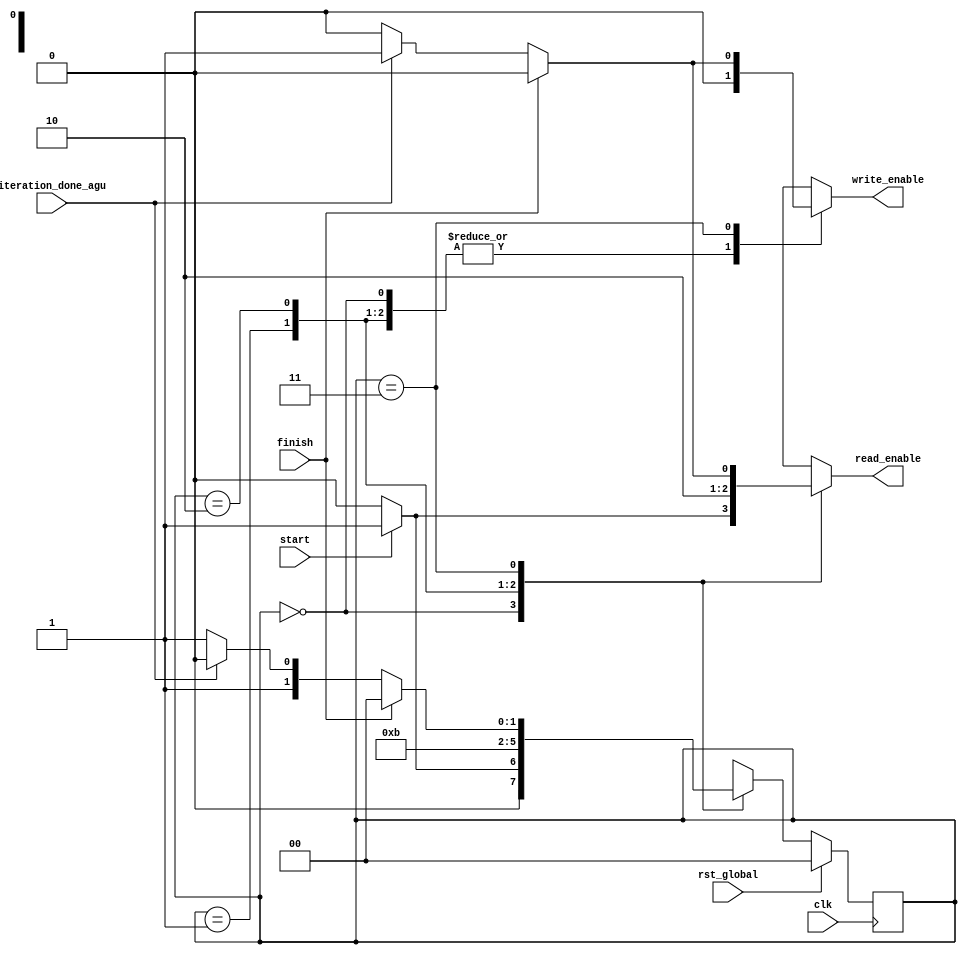
`timescale 1ns / 1ps
//////////////////////////////////////////////////////////////////////////////////
// Company: 
// Engineer: 
// 
// Design Name: 
// Module Name:    TheController 
// Project Name: 
// Target Devices: 
// Tool versions: 
// Description: 
//
// Dependencies: 
//
// Revision: 
// Revision 0.01 - File Created
// Additional Comments: 
//
//////////////////////////////////////////////////////////////////////////////////
module TheController(input iteration_done_agu, finish, start, rst_global,
							clk,
							output reg write_enable, read_enable);

wire iteration_done =iteration_done_agu ;
/*reg iteration_done;

always@(posedge clk)
	if(rst_global)
		iteration_done <= 0;
	else
		iteration_done <= iteration_done_agu;
*/
parameter IDLE_STATE = 2'b00,
			 INIT_STATE = 2'b01,
			 PROC_STATE = 2'b11,
			 WAIT_STATE = 2'b10;

reg[1:0]    Next_State; 			 
reg[1:0] Current_State; 			 
wire [3:0] input_signal = {iteration_done, finish, start};
//----------------------------------------
// Combinational part
always@(*)
begin
	case(Current_State)
	IDLE_STATE:
		begin
			if(!start)
				begin
				Next_State   = IDLE_STATE;
				write_enable = 0;
				read_enable  = 0;
				end
			else
				begin
				Next_State   = INIT_STATE;
				write_enable = 0;
				read_enable  = 1;
				end
		end
	INIT_STATE:
		begin
				Next_State 	 = WAIT_STATE;
				write_enable = 0;
				read_enable  = 1;
		end
	WAIT_STATE:
		begin
				Next_State 	 = PROC_STATE;
				write_enable = 0;
				read_enable  = 0;
		end	
		
	PROC_STATE:
		begin
			if(finish)
				begin
				Next_State   = IDLE_STATE;
				write_enable = 0;
				read_enable  = 0;
				end
			else
				begin
				if(iteration_done)
					begin
					Next_State   = WAIT_STATE;
					write_enable = 1;
					read_enable  = 1;	
					end
				else
					begin
					Next_State   = PROC_STATE;
					write_enable = 0;
					read_enable  = 0;	
					end
				end
		end
	default:
		begin
				Next_State   = IDLE_STATE;
				write_enable = 0;
				read_enable  = 0;
		end
	endcase
end
//---------------------------------------
//Sequential part
always@(posedge clk)
begin
	if(rst_global)
		Current_State <= IDLE_STATE;
	else
		Current_State <= Next_State;
end
endmodule